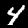
Digit: 4